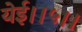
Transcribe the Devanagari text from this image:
येई।।५।।